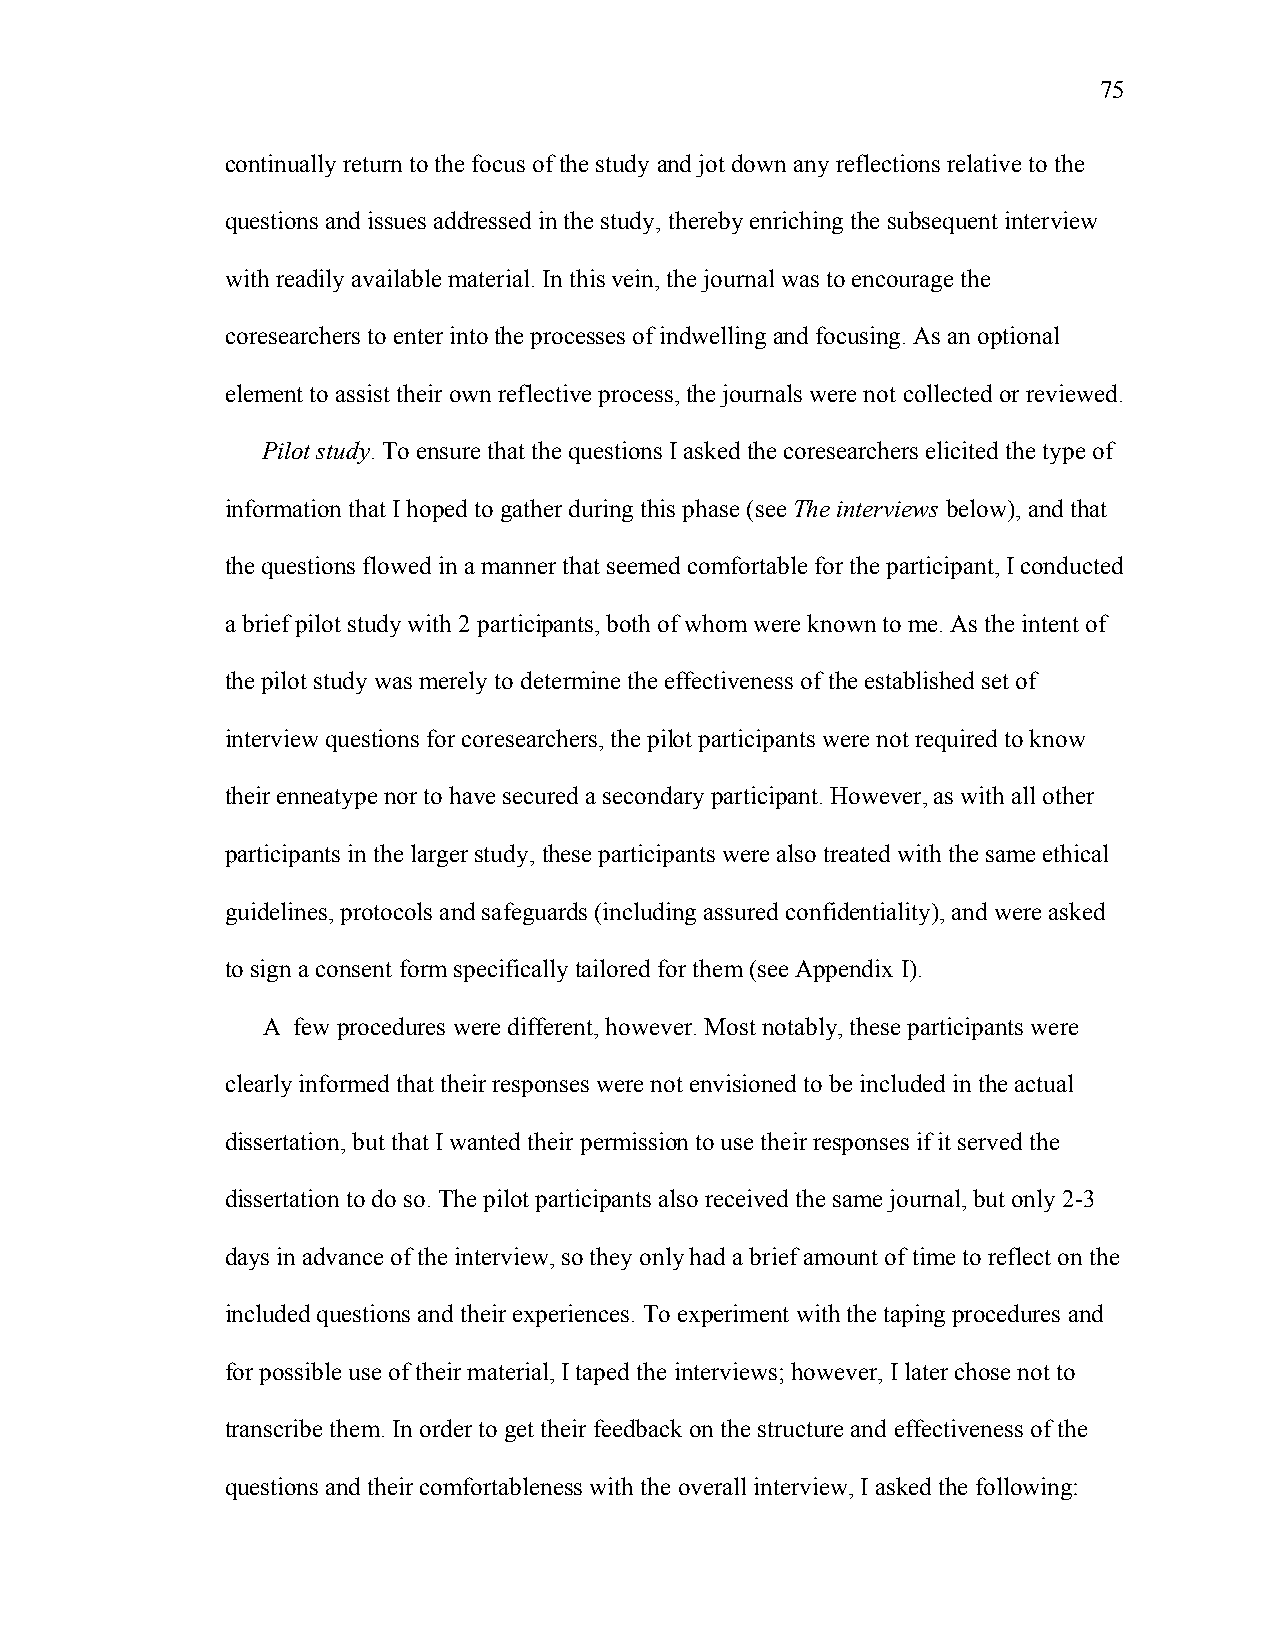
75
 continually return to the focus of the study and jot down any reflections relative to the
 questions and issues addressed in the study, thereby enriching the subsequent interview
 with readily available material. In this vein, the journal was to encourage the
 coresearchers to enter into the processes of indwelling and focusing. As an optional
 element to assist their own reflective process, the journals were not collected or reviewed.
 Pilot study. To ensure that the questions I asked the coresearchers elicited the type of
 information that I hoped to gather during this phase (see The interviews below), and that
 the questions flowed in a manner that seemed comfortable for the participant, I conducted
 a brief pilot study with 2 participants, both of whom were known to me. As the intent of
 the pilot study was merely to determine the effectiveness of the established set of
 interview questions for coresearchers, the pilot participants were not required to know
 their enneatype nor to have secured a secondary participant. However, as with all other
 participants in the larger study, these participants were also treated with the same ethical
 guidelines, protocols and safeguards (including assured confidentiality), and were asked
 to sign a consent form specifically tailored for them (see Appendix I).
 A few procedures were different, however. Most notably, these participants were
 clearly informed that their responses were not envisioned to be included in the actual
 dissertation, but that I wanted their permission to use their responses if it served the
 dissertation to do so. The pilot participants also received the same journal, but only 2-3
 days in advance of the interview, so they only had a brief amount of time to reflect on the
 included questions and their experiences. To experiment with the taping procedures and
 for possible use of their material, I taped the interviews; however, I later chose not to
 transcribe them. In order to get their feedback on the structure and effectiveness of the
 questions and their comfortableness with the overall interview, I asked the following: